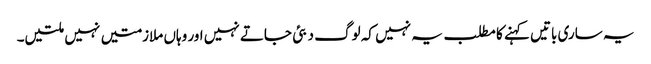
یہ ساری باتیں کہنے کا مطلب یہ نہیں کہ لوگ دبئی جاتے نہیں اور وہاں ملازمتیں نہیں ملتیں۔